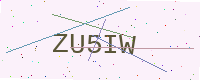
Text: ZU5IW